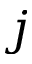
j